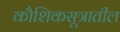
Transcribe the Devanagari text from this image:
कौशिकसूत्रातील